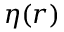
\eta ( \boldsymbol { r } )